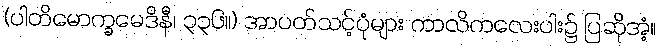
(ပါတိမောက္ခမေဒိနီ၊ ၃၃၆။) အာပတ်သင့်ပုံများ ကာလိကလေးပါး၌ ပြဆိုအံ့။